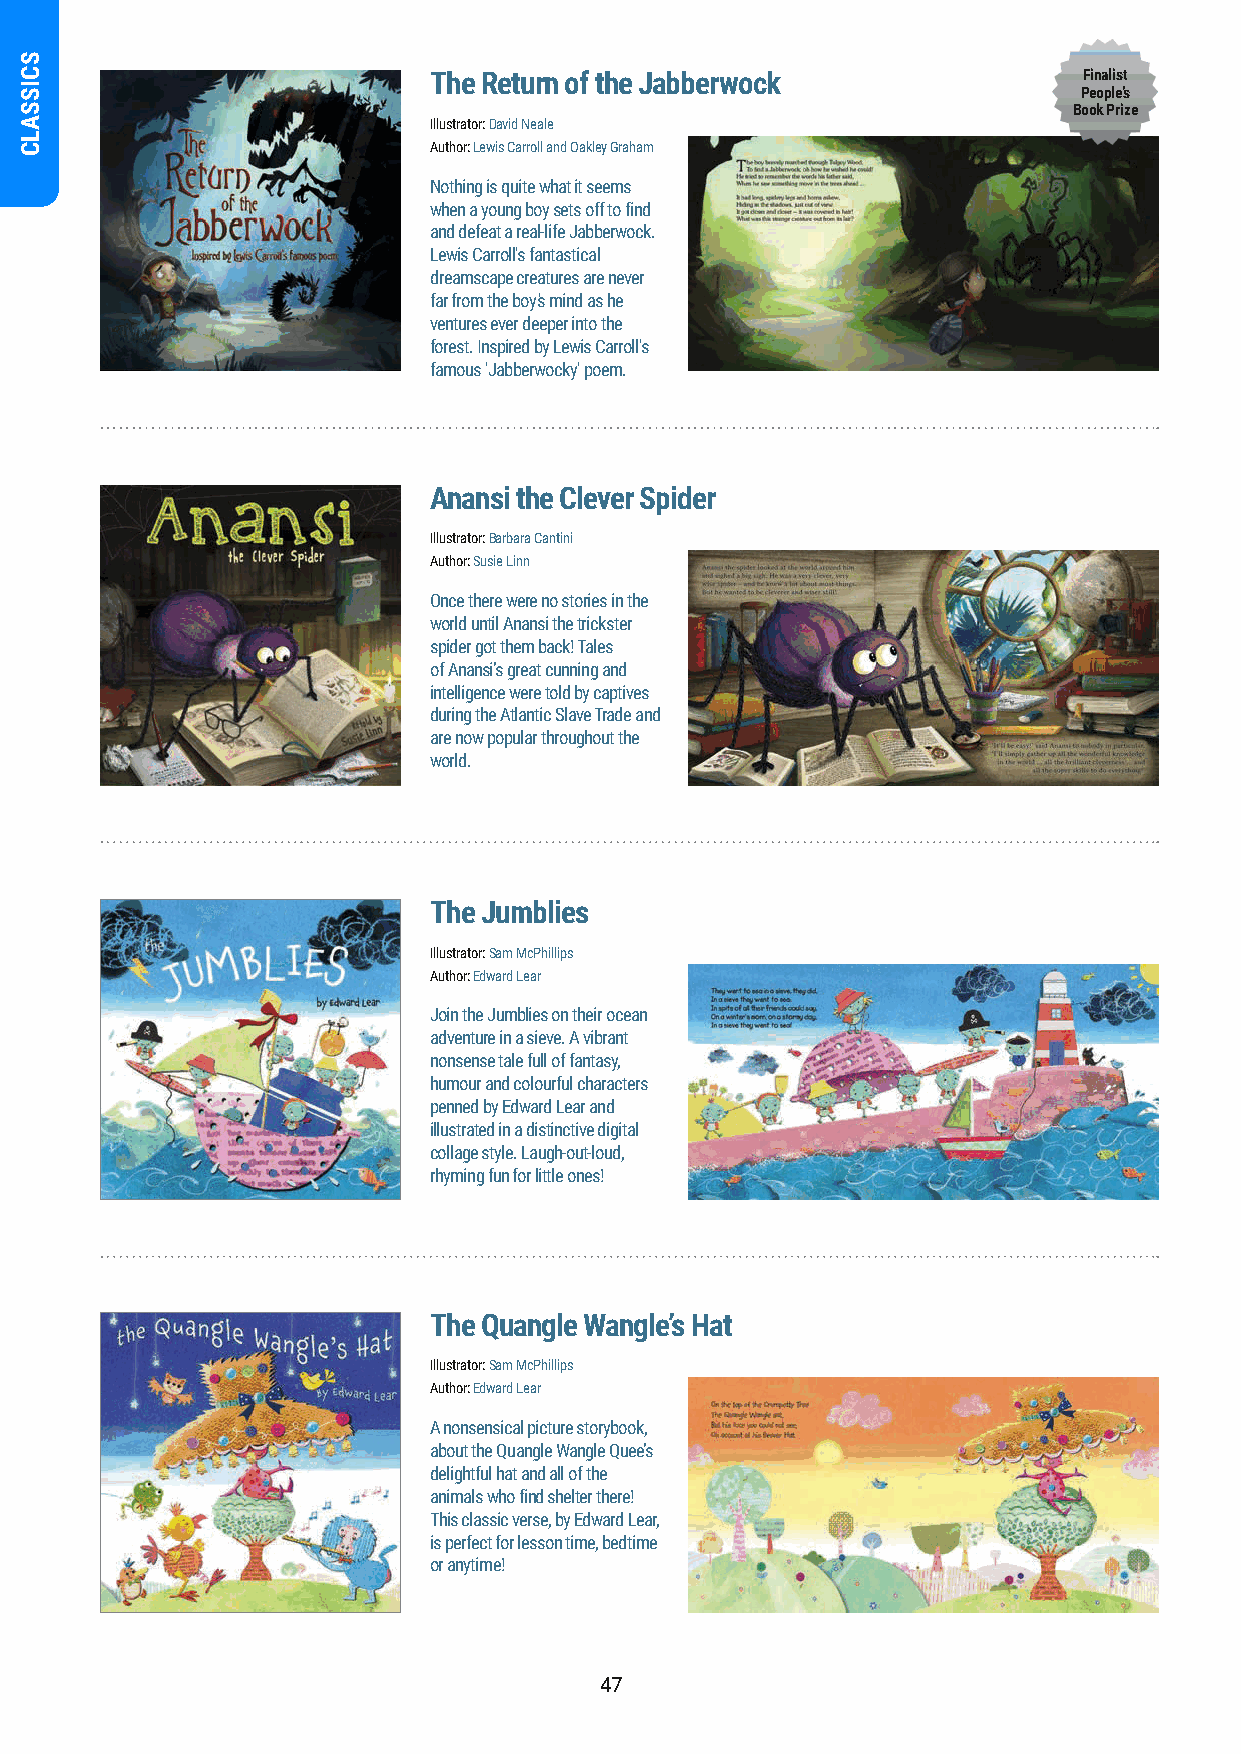
The Return of the Jabberwock                Finalist
 People’s
 Book Prize
 Illustrator: David Neale
 Author: Lewis Carroll and Oakley Graham
 Nothing is quite what it seems
 when a young boy sets off to find
 and defeat a real-life Jabberwock.
 Lewis Carroll's fantastical
 dreamscape creatures are never
 far from the boy's mind as he
 ventures ever deeper into the
 forest. Inspired by Lewis Carroll's
 famous 'Jabberwocky' poem.
 Anansi the Clever Spider
 Illustrator: Barbara Cantini
 Author: Susie Linn
 Once there were no stories in the
 world until Anansi the trickster
 spider got them back! Tales
 of Anansi’s great cunning and
 intelligence were told by captives
 during the Atlantic Slave Trade and
 are now popular throughout the
 world.
 The Jumblies
 Illustrator: Sam McPhillips
 Author: Edward Lear
 Join the Jumblies on their ocean
 adventure in a sieve. A vibrant
 nonsense tale full of fantasy,
 humour and colourful characters
 penned by Edward Lear and
 illustrated in a distinctive digital
 collage style. Laugh-out-loud,
 rhyming fun for little ones!
 The Quangle Wangle’s Hat
 Illustrator: Sam McPhillips
 Author: Edward Lear
 A nonsensical picture storybook,
 about the Quangle Wangle Quee’s
 delightful hat and all of the
 animals who find shelter there!
 This classic verse, by Edward Lear,
 is perfect for lesson time, bedtime
 or anytime!
 47
 SCISSALC